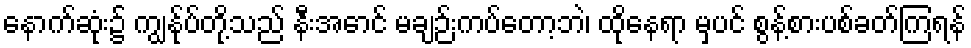
နောက်ဆုံး၌ ကျွန်ုပ်တို့သည် နီးအောင် မချဉ်းကပ်တော့ဘဲ၊ ထိုနေရာ မှပင် စွန့်စားပစ်ခတ်ကြရန်